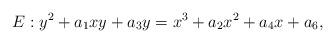
LaTeX: \begin{align*}E: y^2+a_1xy+a_3y=x^3+a_2x^2+a_4x+a_6,\end{align*}